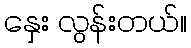
နှေး လွန်းတယ်။